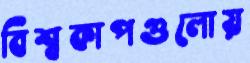
বিশ্বকাপগুলোয়